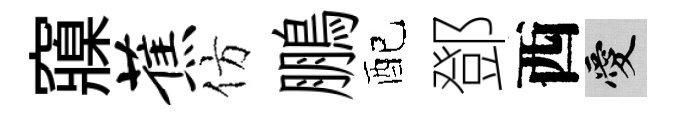
䆿蕉仿鵬配鄧西愛